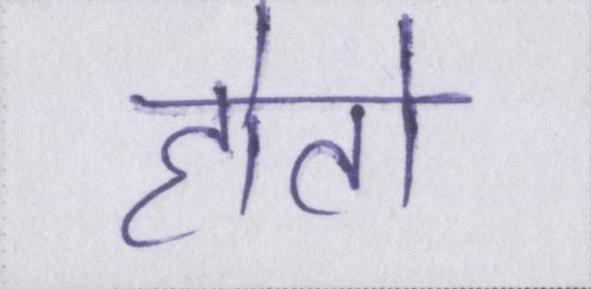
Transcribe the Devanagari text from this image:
होतो